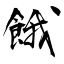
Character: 餓